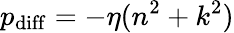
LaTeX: p_{\mathrm{diff}}=-\eta(n^{2}+k^{2})